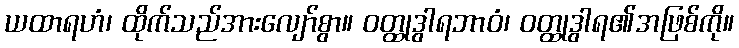
ယထာရဟံ၊ ထိုက်သည်အားလျော်စွာ။ ဝတ္ထုဒွါရဘာဝံ၊ ဝတ္ထုဒွါရ၏အဖြစ်ကို။